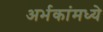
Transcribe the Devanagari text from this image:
अर्भकांमध्ये